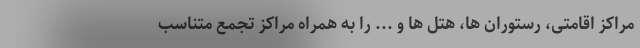
مراکز اقامتی، رستوران ها، هتل ها و ... را به همراه مراکز تجمع متناسب